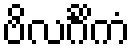
ဗိလင်္ဂိကံ